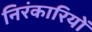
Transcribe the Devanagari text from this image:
निरंकारियों